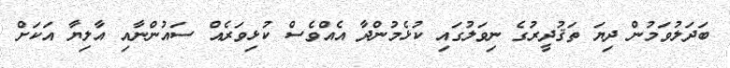
ބަދަލުވަމުން ދިޔަ ތަޤުދީރުގެ ނިވަލުގައި ކުޅެމުންދާ އެއްވެސް ކުޅިވަރެއް ސައުންނާއި އާލިޔާ އަކަށް